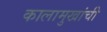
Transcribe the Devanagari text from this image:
कालामुखांची